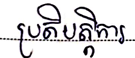
ប្រតិបត្តិការ